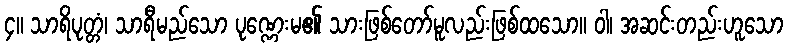
၄။ သာရိပုတ္တံ၊ သာရီမည်သော ပုဏ္ဏေးမ၏ သားဖြစ်တော်မူလည်းဖြစ်ထသော။ ဝါ၊ အဆင်းတည်းဟူသော